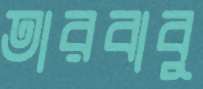
তারবাবু